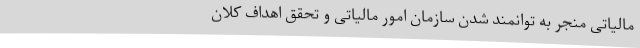
مالیاتی منجر به توانمند شدن سازمان امور مالیاتی و تحقق اهداف کلان